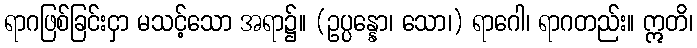
ရာဂဖြစ်ခြင်းငှာ မသင့်သော အရာ၌။ (ဥပ္ပန္နော၊ သော၊) ရာဂေါ၊ ရာဂတည်း။ ဣတိ၊